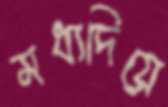
মধ্যদিয়ে